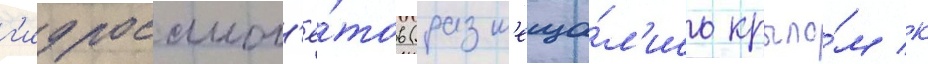
г'идросамол'ё́тов (разм'еща́л'ись крыло́м к